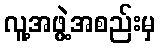
လူ့အဖွဲ့အစည်းမှ